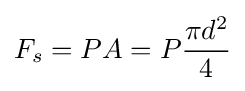
F_{s}=PA=P{\frac {\pi d^{2}}{4}}